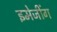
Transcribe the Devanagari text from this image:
इमेजींग